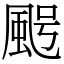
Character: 𩖸